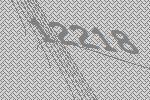
12218